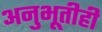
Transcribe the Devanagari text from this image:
अनुभूतीही